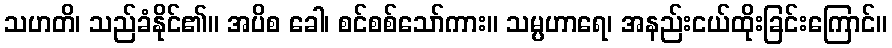
သဟတိ၊ သည်ခံနိုင်၏။ အပိစ ခေါ၊ စင်စစ်သော်ကား။ သမ္ပဟာရေ၊ အနည်းငယ်ထိုးခြင်းကြောင်။